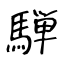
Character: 騨